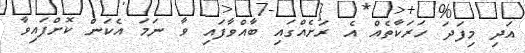
އަދި މިފަދަ ހަރަކާތެއް އެ ރަށެއްގައި ބާއްވާފައި ވާ ނަމަ އެކަން ކޮށްފައިވާ